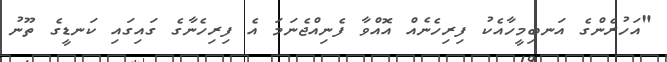
"އަހުރެންގެ އަނބިމީހާއެކު ފިރިހެނެއް އޮއްވާ ފެނިއްޖެނަމަ އެ ފިރިހެނާގެ ގައިގައި ކަނޑީގެ ތޫނު